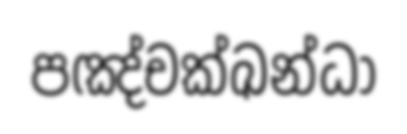
පඤ්චක්ඛන්ධා